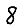
Digit: 8